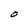
Character: O